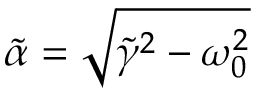
\tilde { \alpha } = \sqrt { \tilde { \gamma } ^ { 2 } - \omega _ { 0 } ^ { 2 } }